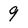
Character: 9